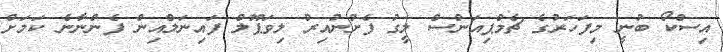
އިސްކޯ ބުނީ މިފަހަރުގެ ޗެމްޕިއަންސް ލީގު ފެށުނުއިރު ލިވަޕޫލް ފައިނަލްއިން ފެންނާނެ ކަމަށް